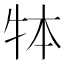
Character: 𤙃